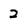
Character: 2